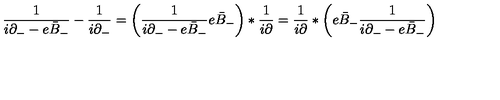
\frac { 1 } { i \partial _ { - } - e \bar { B } _ { - } } - \frac { 1 } { i \partial _ { - } } = \left( \frac { 1 } { i \partial _ { - } - e \bar { B } _ { - } } e \bar { B } _ { - } \right) * \frac { 1 } { i \partial } = \frac { 1 } { i \partial } \ast \left( e \bar { B } _ { - } \frac { 1 } { i \partial _ { - } - e \bar { B } _ { - } } \right) \,